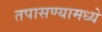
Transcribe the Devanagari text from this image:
तपासण्यामध्ये